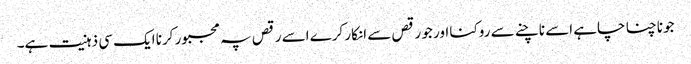
جو ناچنا چاہے اسے ناچنے سے روکنا اور جو رقص سے انکار کرے اسے رقص پہ مجبور کرنا ایک سی ذہنیت ہے۔